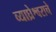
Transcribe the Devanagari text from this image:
व्याघ्रेश्वराचे